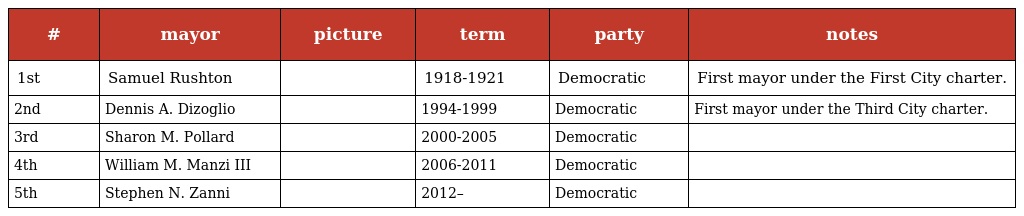
| # | mayor | picture | term | party | notes |
 | --- | --- | --- | --- | --- | --- |
 | 1st | Samuel Rushton |  | 1918-1921 | Democratic | First mayor under the First City charter. |
 | 2nd | Dennis A. Dizoglio |  | 1994-1999 | Democratic | First mayor under the Third City charter. |
 | 3rd | Sharon M. Pollard |  | 2000-2005 | Democratic |  |
 | 4th | William M. Manzi III |  | 2006-2011 | Democratic |  |
 | 5th | Stephen N. Zanni |  | 2012– | Democratic |  |